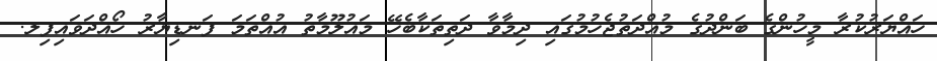
ހައްޔަރުކުރާ މީހުންގެ ބަންދުގެ މުއްދަތުޖެހުމުގައި ދިމާވާ ދަތިތަކާބެހޭ މައުލޫމާތު އުއްތަމަ ފަނޑިޔާރު ހޯއްދަވައިފިލ.